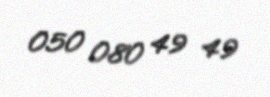
050 080 49 49